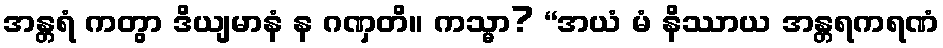
အန္တရံ ကတွာ ဒိယျမာနံ န ဂဏှတိ။ ကသ္မာ? “အယံ မံ နိဿာယ အန္တရကရဏံ